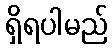
ရှိရပါမည်